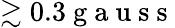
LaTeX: \gtrsim 0.3\mathrm{~g~a~u~s~s~}